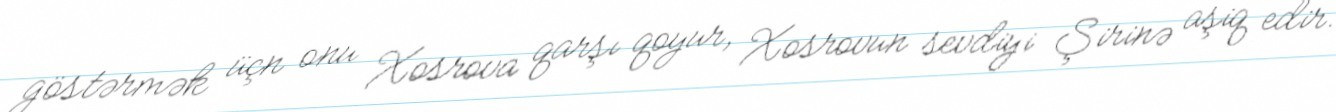
göstərmək üçn onu Xosrova qarşı qoyur, Xosrovun sevdiyi Şirinə aşiq edir.